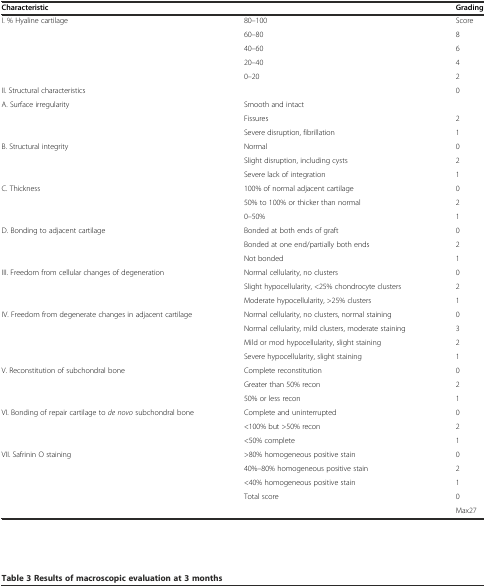
| <COLSPAN=2> Characteristic | Grading |
 | --- | --- | --- |
 | I. % Hyaline cartilage | 80–100 | Score |
 |  | 60–80 | 8 |
 |  | 40–60 | 6 |
 |  | 20–40 | 4 |
 |  | 0–20 | 2 |
 | II. Structural characteristics |  | 0 |
 | A. Surface irregularity | Smooth and intact |  |
 |  | Fissures | 2 |
 |  | Severe disruption, fibrillation | 1 |
 | B. Structural integrity | Normal | 0 |
 |  | Slight disruption, including cysts | 2 |
 |  | Severe lack of integration | 1 |
 | C. Thickness | 100% of normal adjacent cartilage | 0 |
 |  | 50% to 100% or thicker than normal | 2 |
 |  | 0–50% | 1 |
 | D. Bonding to adjacent cartilage | Bonded at both ends of graft | 0 |
 |  | Bonded at one end/partially both ends | 2 |
 |  | Not bonded | 1 |
 | III. Freedom from cellular changes of degeneration | Normal cellularity, no clusters | 0 |
 |  | Slight hypocellularity, <25% chondrocyte clusters | 2 |
 |  | Moderate hypocellularity, >25% clusters | 1 |
 | IV. Freedom from degenerate changes in adjacent cartilage | Normal cellularity, no clusters, normal staining | 0 |
 |  | Normal cellularity, mild clusters, moderate staining | 3 |
 |  | Mild or mod hypocellularity, slight staining | 2 |
 |  | Severe hypocellularity, slight staining | 1 |
 | V. Reconstitution of subchondral bone | Complete reconstitution | 0 |
 |  | Greater than 50% recon | 2 |
 |  | 50% or less recon | 1 |
 | VI. Bonding of repair cartilage to de novo subchondral bone | Complete and uninterrupted | 0 |
 |  | <100% but >50% recon | 2 |
 |  | <50% complete | 1 |
 | VII. Safrinin O staining | >80% homogeneous positive stain | 0 |
 |  | 40%–80% homogeneous positive stain | 2 |
 |  | <40% homogeneous positive stain | 1 |
 |  | Total score | 0 |
 |  |  | Max27 |